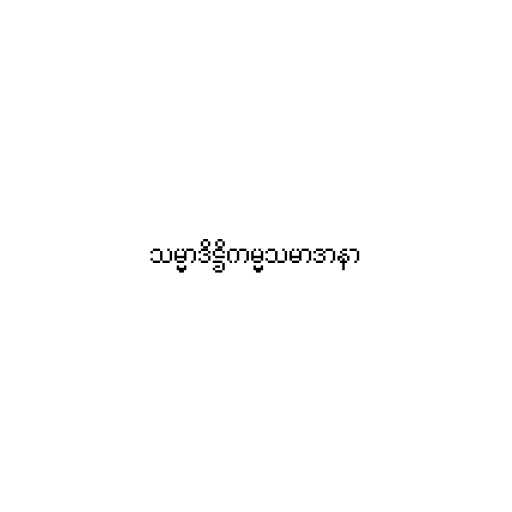
သမ္မာဒိဋ္ဌိကမ္မသမာဒာနာ